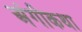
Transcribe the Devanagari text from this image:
अंगीकथा